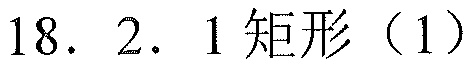
18. 2. 1 矩形（1）